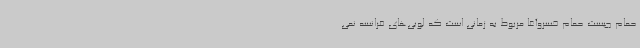
حمام چیست حمام خسروآغا مربوط به زمانی است که لویی‌های فرانسه نمی‌